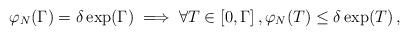
LaTeX: \begin{align*}\varphi_{N}(\Gamma)=\delta \exp(\Gamma)\implies \forall T\in[0,\Gamma]\,,\varphi_{N}(T)\le\delta \exp(T)\,,\end{align*}